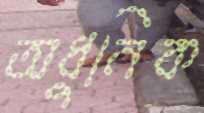
অধুনিক